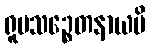
ရူပသဉ္စေတနာယပိ